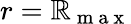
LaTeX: r=\mathbb{R}_{\mathrm{{~m~a~x~}}}